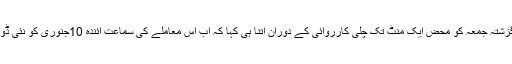
سپریم کورٹ نے گزشتہ جمعہ کو محض ایک منٹ تک چلی کارروائی کے دوران اتنا ہی کہا کہ اب اس معاملے کی سماعت آئندہ 10جنوری کو نئی ڈویژن بینچ کرے گی۔